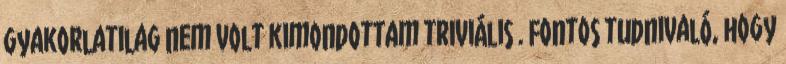
gyakorlatilag nem volt kimondottam triviális . Fontos tudnivaló, hogy